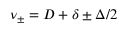
{ \nu _ { \pm } = D + \delta \pm \Delta / 2 }